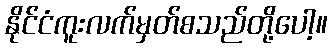
နိုင်ငံကူးလက်မှတ်စသည်တို့ပေါ့။